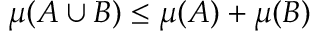
\mu ( A \cup B ) \leq \mu ( A ) + \mu ( B )